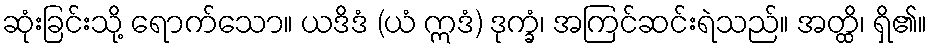
ဆုံးခြင်းသို့ ရောက်သော။ ယဒိဒံ (ယံ ဣဒံ) ဒုက္ခံ၊ အကြင်ဆင်းရဲသည်။ အတ္ထိ၊ ရှိ၏။